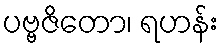
ပဗ္ဗဇိတော၊ ရဟန်း